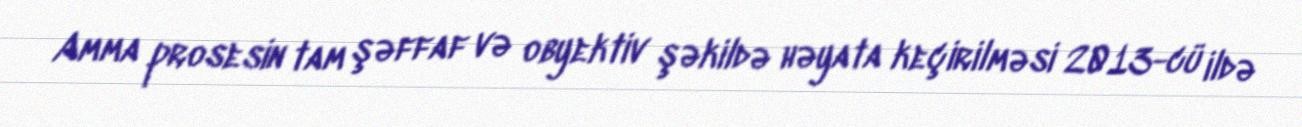
Amma prosesin tam şəffaf və obyektiv şəkildə həyata keçirilməsi 2013-cü ildə